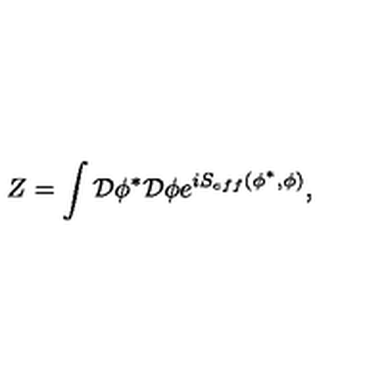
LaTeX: Z = \int { \cal D } \phi ^ { * } { \cal D } \phi e ^ { i S _ { e f f } ( \phi ^ { * } , \phi ) } ,